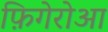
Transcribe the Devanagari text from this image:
फ़िगेरोआ